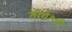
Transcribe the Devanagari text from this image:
तीर्थेश्वरी